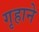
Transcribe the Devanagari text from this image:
गृहाने